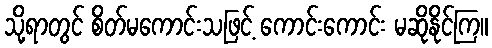
သို့ရာတွင် စိတ်မကောင်းသဖြင့် ကောင်းကောင်း မဆိုနိုင်ကြ။